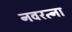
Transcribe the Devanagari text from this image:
नवरत्ना